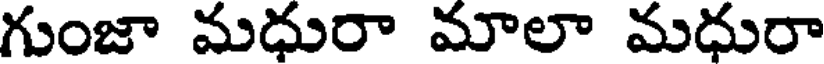
గుంజా మధురా మాలా మధురా